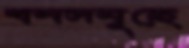
বনসমূহে